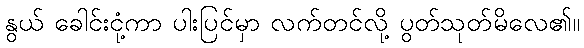
နွယ် ခေါင်းငုံ့ကာ ပါးပြင်မှာ လက်တင်လို့ ပွတ်သုတ်မိလေ၏။